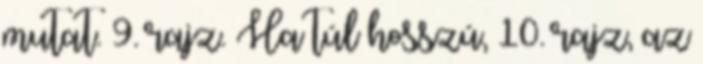
mutat. 9. rajz. Ha túl hosszú, 10. rajz, az